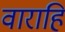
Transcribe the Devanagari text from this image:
वाराहि